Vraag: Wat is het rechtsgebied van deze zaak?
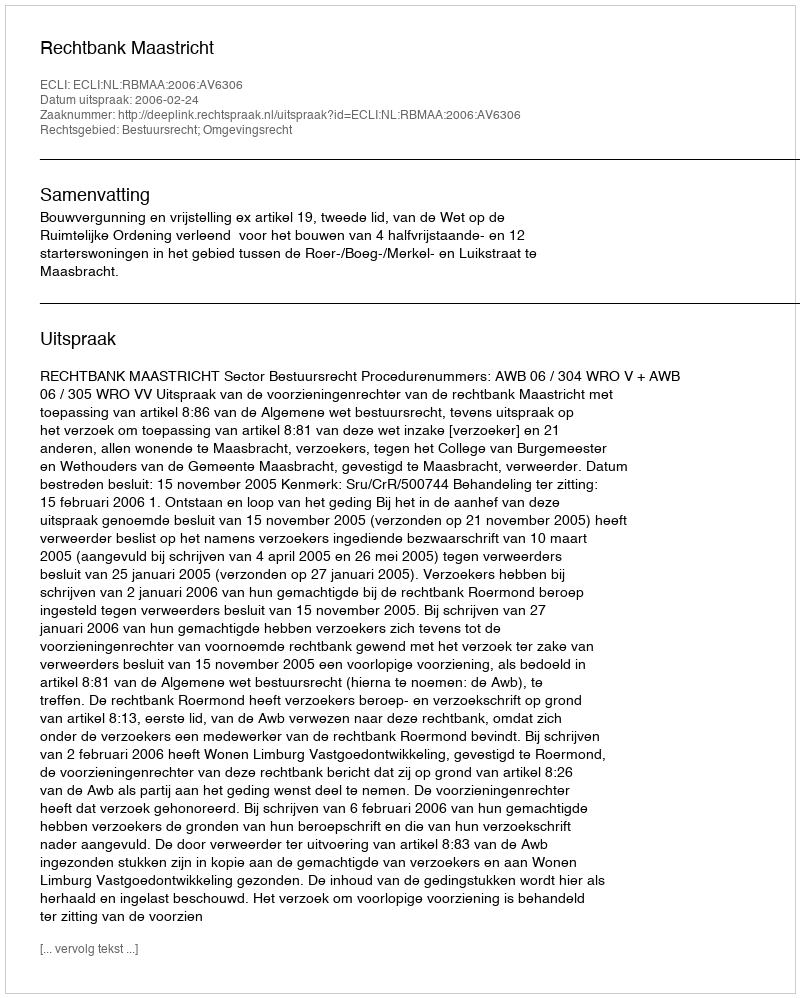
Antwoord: Bestuursrecht; Omgevingsrecht